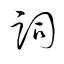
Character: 詞